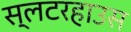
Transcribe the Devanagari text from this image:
स्लटरहाउस